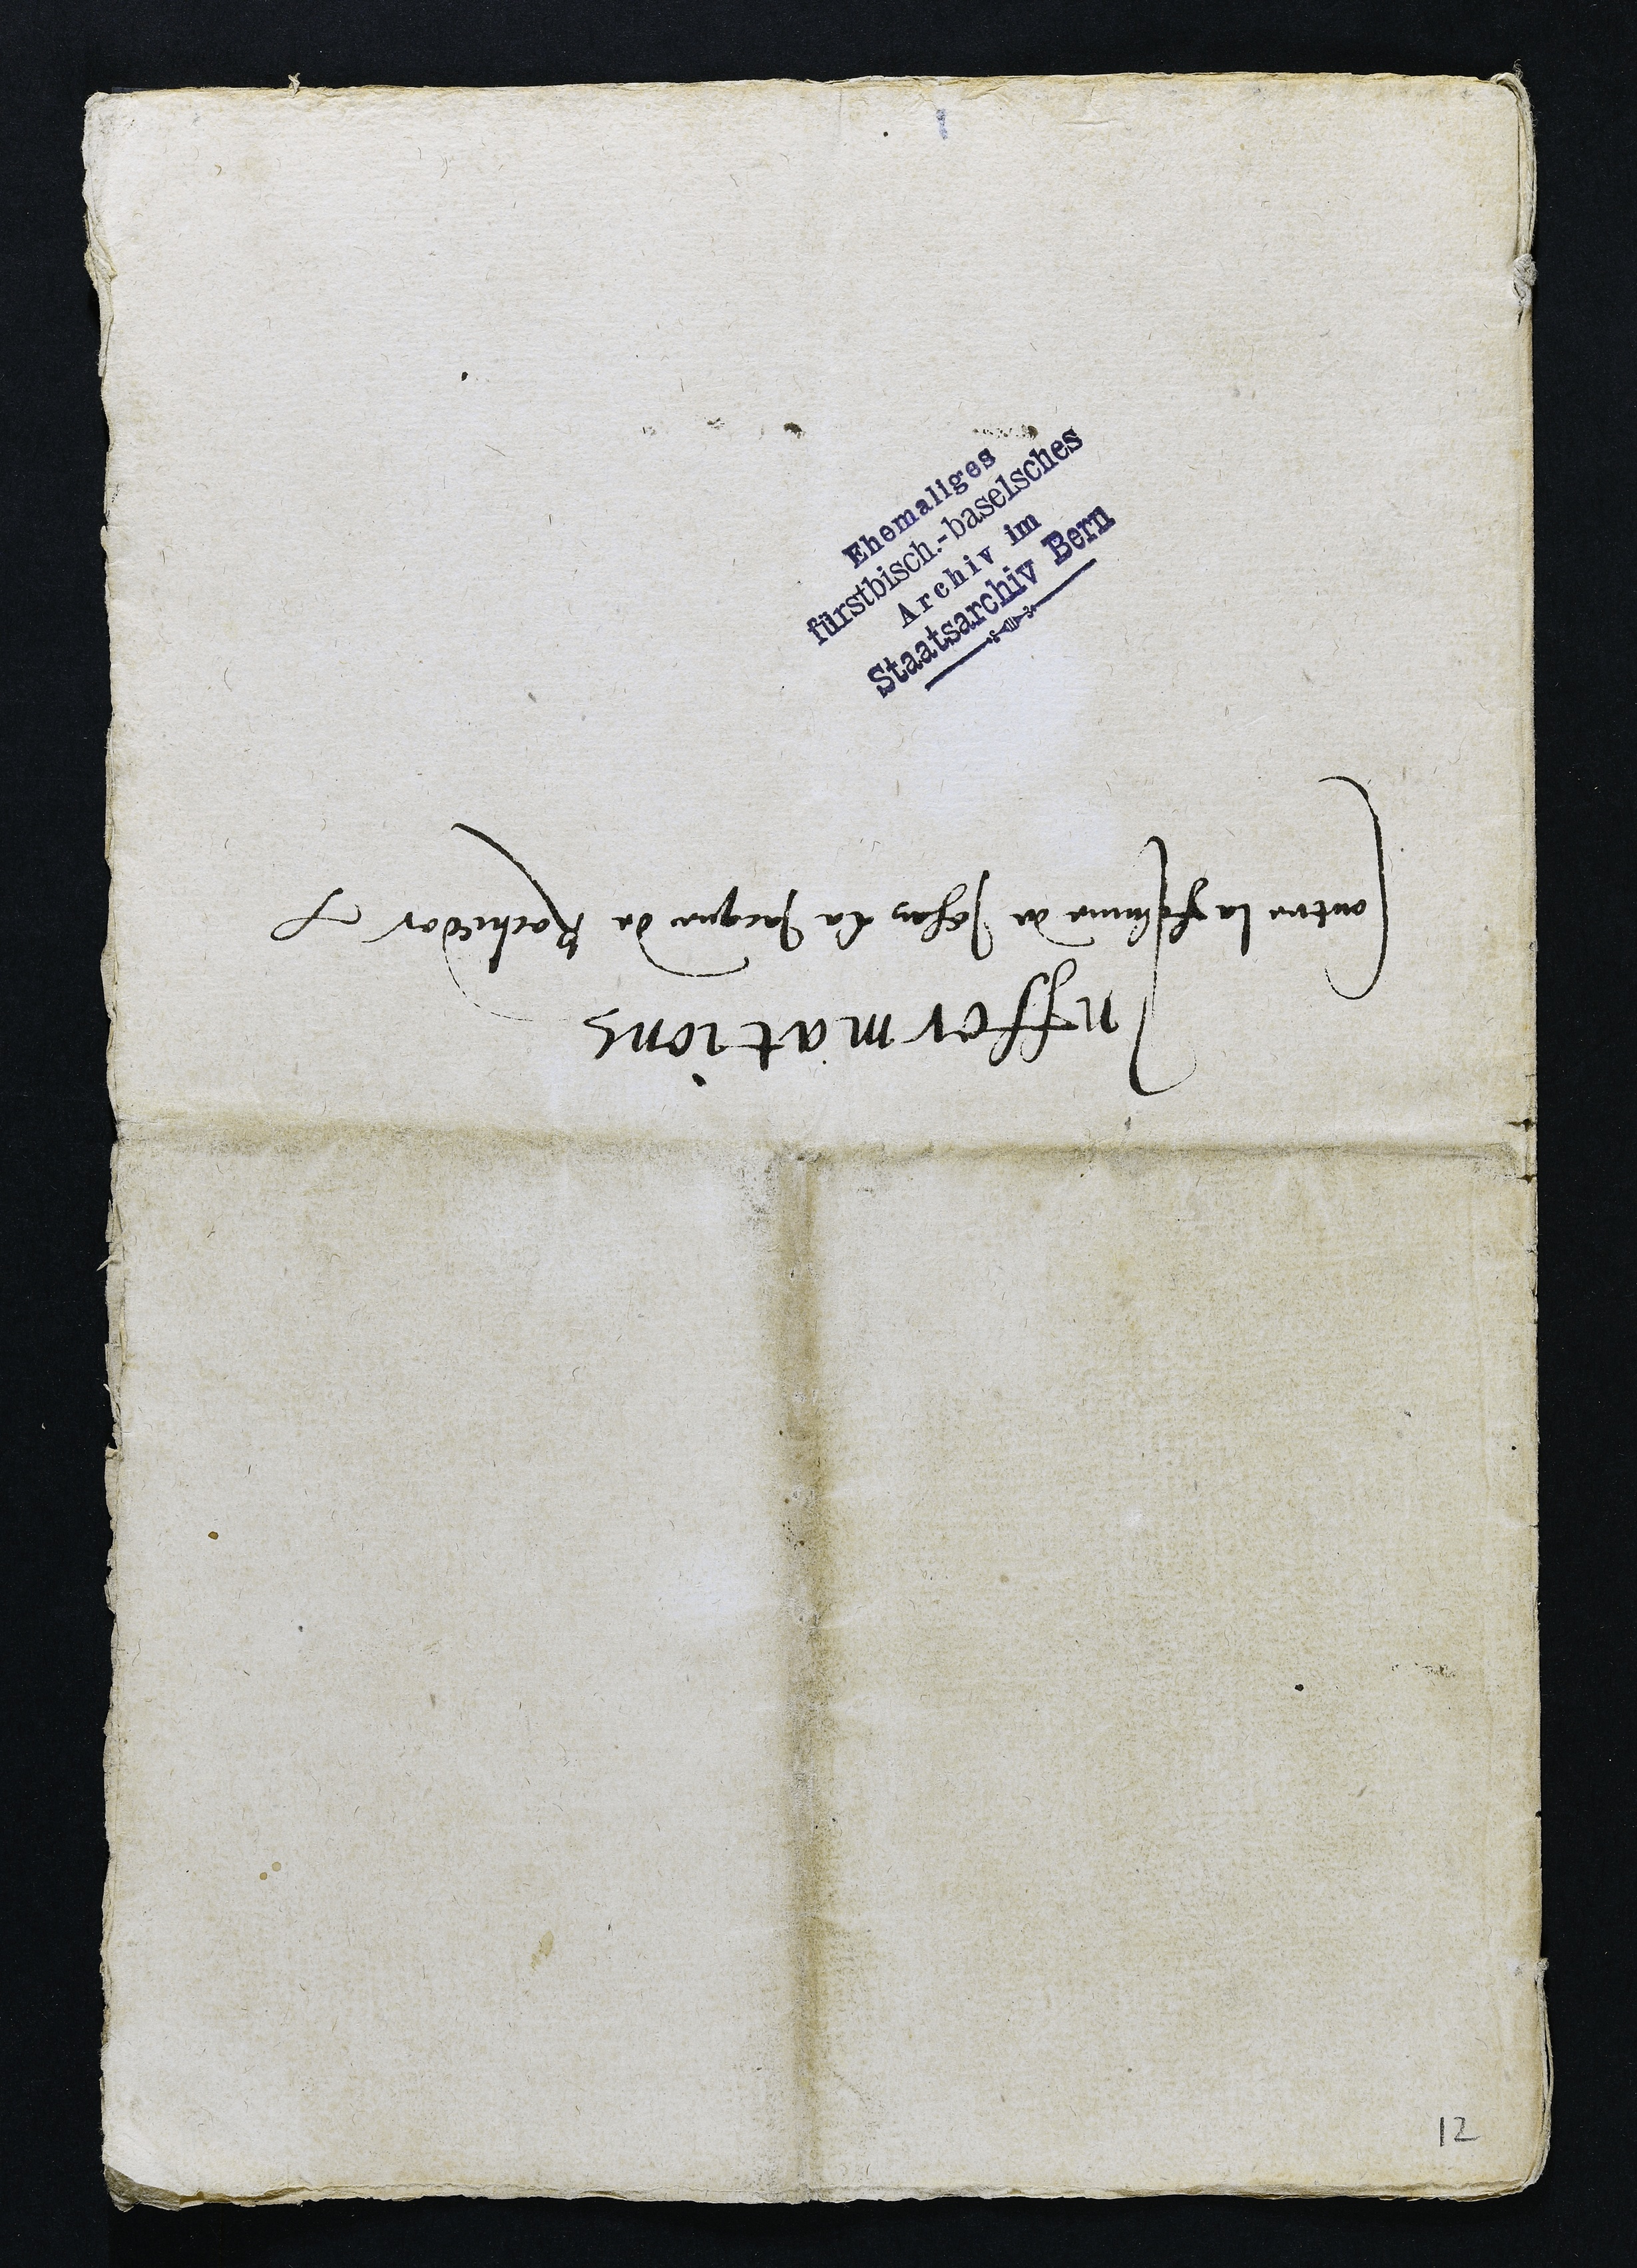
Infformations
Contre la femme de Jehan la Jacque de Rochedor

12